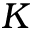
K